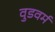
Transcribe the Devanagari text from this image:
वुडवर्म